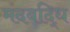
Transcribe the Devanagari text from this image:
मंदबद्धि